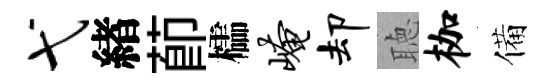
弋緖莭櫺崦却聴枷備